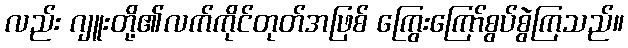
လည်း ဂျူးတို့၏လက်ကိုင်တုတ်အဖြစ် ကြွေးကြော်စွပ်စွဲကြသည်။